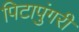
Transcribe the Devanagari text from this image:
पिटापुंगरी